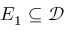
E _ { 1 } \subseteq { \mathcal { D } }